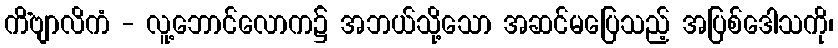
ကိံဗျာလိကံ - လူ့ဘောင်လောက၌ အဘယ်သို့သော အဆင်မပြေသည့် အပြစ်ဒေါသကို၊